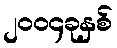
၂၀၀၄ခုနှစ်